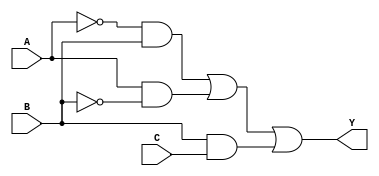
module combinational_logic_block (
    input wire A,      // Input A
    input wire B,      // Input B
    input wire C,      // Input C
    output wire Y      // Output Y
);

// Intermediate signals
wire notA, notB, notC;
wire and1, and2, and3;

// Boolean Expressions after minimization
// Assume the minimized expression is Y = A'B + AB' + BC

// Generate NOT gates
not (notA, A);
not (notB, B);
not (notC, C);

// Generate AND gates
and (and1, notA, B);  // A'B
and (and2, A, notB);  // AB'
and (and3, B, C);     // BC

// Generate OR gate for final output
or (Y, and1, and2, and3); // Y = A'B + AB' + BC

endmodule